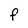
Character: F